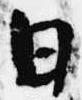
日